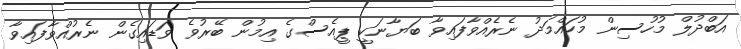
އަބްދުލް މުހުސިން މުހައްމަދު ނެރެއްވާފައިވާ ބަޔާނަކީ ޕީއެސްގެ އިމުން ބޭރުވެ ވަޑައިގެން ނެރުއްވާފައިވާ